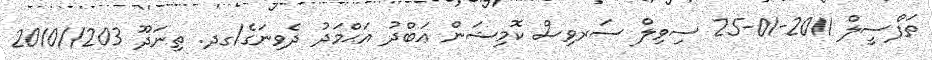
ތަފްސީލް 2011-01-25 ސިވިލް ސަރވިސް ކޮމިޝަން ޢަބްދު އަޙްމަދު ދެވިނަގެ/ގދ. ތިނަދޫ 203//2010